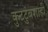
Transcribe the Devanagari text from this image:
कुटटुंबशाही